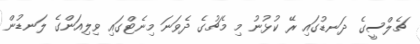
ޗެލްސީގެ ދަނޑުގައި ރޭ ކުޅުނު މި މެޗުގެ ދެވަނަ މިނެޓްގައި ވިލިއަންގެ ލަނޑުން